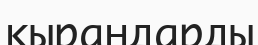
қырандарды